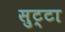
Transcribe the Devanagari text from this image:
सुट्टा